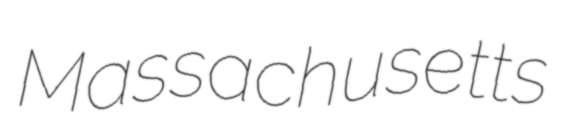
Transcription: Massachusetts